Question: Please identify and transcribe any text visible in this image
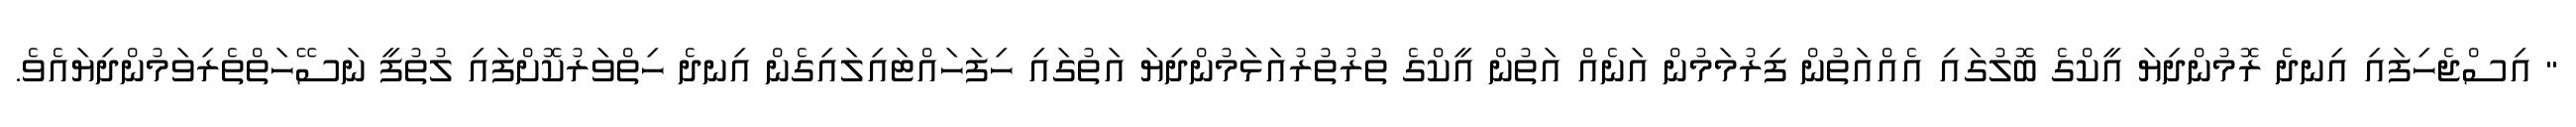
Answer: " އިސްޖެހިފައި އިނދެ ރޮމުންދިޔަ އީކްގެ ބޮލުގައި އެއްއަތުން ފިރުމަމުން އަނެއް އަތުން އީކްގެ ތުރުތުރުއަޅަމުންދިޔަ އަތުގައި ހިފަހައްޓައިލައިގެން އިނދެ ހިތްވަރުކޮށްފައި ލުތުފީ ނަސޭހަތްތެރިވަމުންދިޔައެވެ.